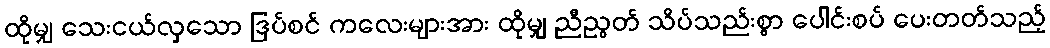
ထိုမျှ သေးငယ်လှသော ဒြပ်စင် ကလေးများအား ထိုမျှ ညီညွတ် သိပ်သည်းစွာ ပေါင်းစပ် ပေးတတ်သည့်